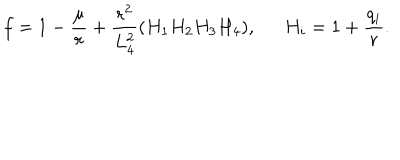
f = 1 - \frac { \mu } { r } + \frac { r ^ { 2 } } { L _ { 4 } ^ { 2 } } ( H _ { 1 } H _ { 2 } H _ { 3 } H _ { 4 } ) , H _ { i } = 1 + \frac { q _ { i } } { r } .